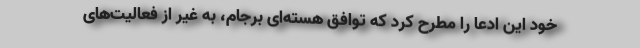
خود این ادعا را مطرح کرد که توافق هسته‌ای برجام، به غیر از فعالیت‌های